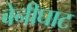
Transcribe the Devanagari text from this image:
बेनीघाट